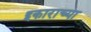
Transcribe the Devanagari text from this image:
इकाराच्या